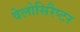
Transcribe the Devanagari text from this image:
वेलोसिरैप्टर